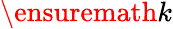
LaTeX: \ensuremath{k}